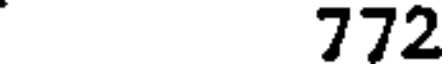
772